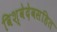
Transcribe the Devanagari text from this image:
विश्वेदेवसहित